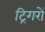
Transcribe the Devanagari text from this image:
ट्रिगरों